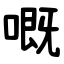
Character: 嘅